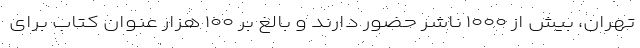
تهران، بیش از ۱۰۰۰ ناشر حضور دارند و بالغ بر ۱۰۰ هزار عنوان کتاب برای